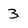
Character: 3